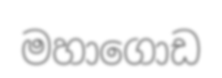
මහාගොඩ